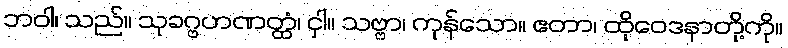
ဘဝါ၊ သည်။ သုခဂ္ဗဟဏတ္ထံ၊ ငှါ။ သဗ္ဗာ၊ ကုန်သော။ ဧတာ၊ ထိုဝေဒနာတို့ကို။